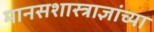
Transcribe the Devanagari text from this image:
मानसशास्त्राज्ञांच्या